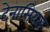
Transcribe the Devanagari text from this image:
टेनासियस